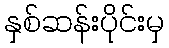
နှစ်ဆန်းပိုင်းမှ